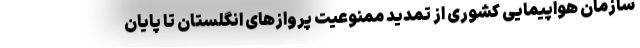
سازمان هواپیمایی کشوری از تمدید ممنوعیت پروازهای انگلستان تا پایان